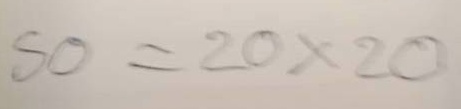
50 = 20x20